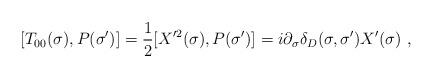
LaTeX: \begin{align*}[T_{00}(\sigma),P(\sigma')]=\frac{1}{2}[X'^2(\sigma),P(\sigma')]=i\partial_{\sigma}\delta_D (\sigma,\sigma')X'(\sigma) \ ,\end{align*}